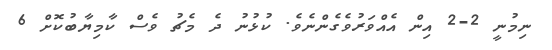
ނިމުނީ 2-2 އިން އެއްވަރުވެގެންނެވެ. ކުޅުނު ދެ މެޗު ވެސް ކާމިޔާބުކޮށް 6